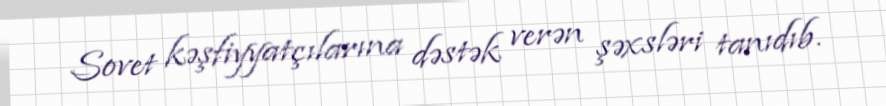
Sovet kəşfiyyatçılarına dəstək verən şəxsləri tanıdıb.